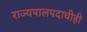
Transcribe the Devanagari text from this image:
राज्यपालपदाचीही